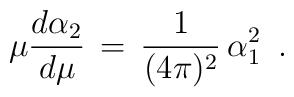
\mu {d \alpha_{2} \over d \mu} \,=\,{1 \over (4 \pi)^{2}} \, \alpha_{1}^{2} \,\,\,.